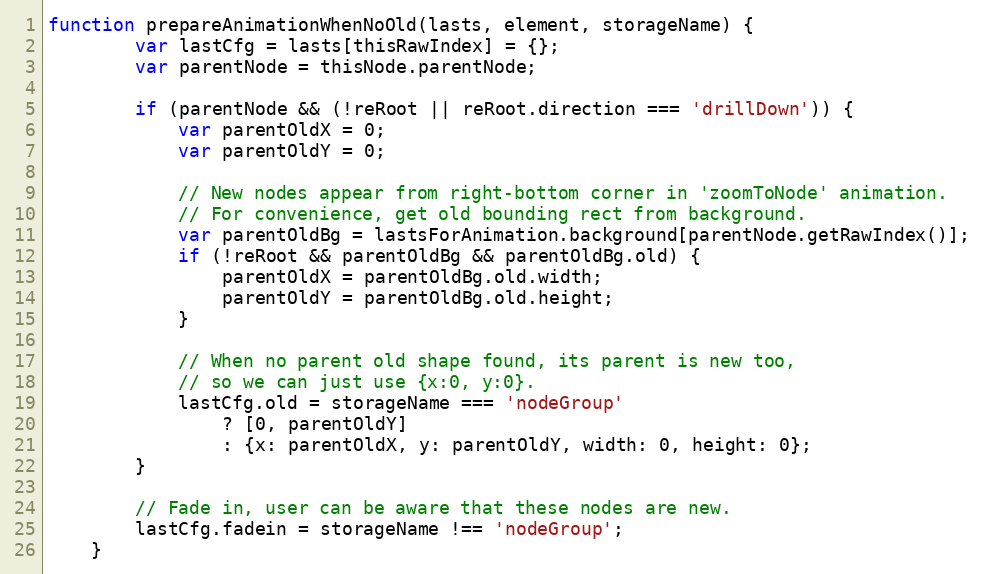
Language: JavaScript
function prepareAnimationWhenNoOld(lasts, element, storageName) {
        var lastCfg = lasts[thisRawIndex] = {};
        var parentNode = thisNode.parentNode;

        if (parentNode && (!reRoot || reRoot.direction === 'drillDown')) {
            var parentOldX = 0;
            var parentOldY = 0;

            // New nodes appear from right-bottom corner in 'zoomToNode' animation.
            // For convenience, get old bounding rect from background.
            var parentOldBg = lastsForAnimation.background[parentNode.getRawIndex()];
            if (!reRoot && parentOldBg && parentOldBg.old) {
                parentOldX = parentOldBg.old.width;
                parentOldY = parentOldBg.old.height;
            }

            // When no parent old shape found, its parent is new too,
            // so we can just use {x:0, y:0}.
            lastCfg.old = storageName === 'nodeGroup'
                ? [0, parentOldY]
                : {x: parentOldX, y: parentOldY, width: 0, height: 0};
        }

        // Fade in, user can be aware that these nodes are new.
        lastCfg.fadein = storageName !== 'nodeGroup';
    }